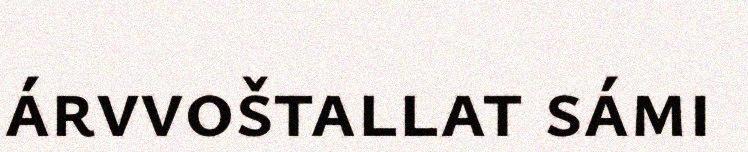
árvvoštallat sámi